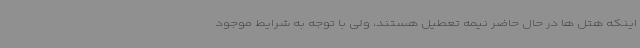
اینکه هتل ها در حال حاضر نیمه تعطیل هستند، ولی با توجه به شرایط موجود